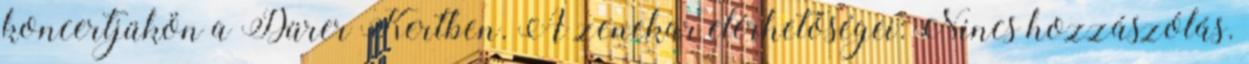
koncertjükön a Dürer Kertben. A zenekar elérhetőségei: Nincs hozzászólás.